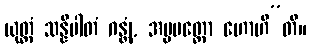
ယုတ္တံ သန္နိပါတံ ဂန္တုံ, အပ္ပမတ္တော ဟောဟီ”တိ။